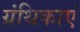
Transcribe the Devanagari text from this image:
ग्रंथिकाएं